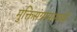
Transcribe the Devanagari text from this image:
मुक्तिसंग्रामामध्ये